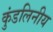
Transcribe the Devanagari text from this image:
कुंडलिनीय